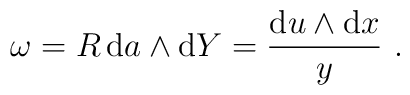
\omega={R}\, {\rm d}a\wedge {\rm d}Y=\frac{{\rm d}u\wedge {\rm d}x}{y}\  .